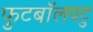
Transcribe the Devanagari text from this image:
फुटबॉलपटु